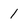
Character: 1